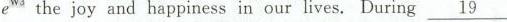
e^{W5} the joy and happiness in our lives. During \underline{19}